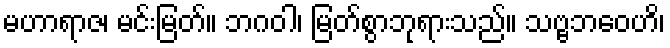
မဟာရာဇ၊ မင်းမြတ်။ ဘဂဝါ၊ မြတ်စွာဘုရားသည်။ သဗ္ဗဘဝေဟိ၊